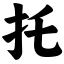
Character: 托